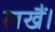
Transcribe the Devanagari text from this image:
लखैं।